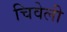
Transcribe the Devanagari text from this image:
चिवेली